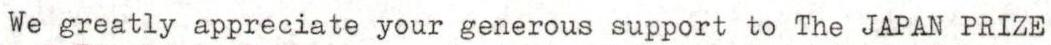
We greatly appreciate your generous support to The JAPAN PRIZE